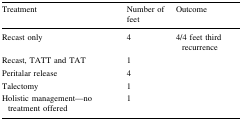
<table><thead><tr><td><b>Treatment</b></td><td><b>Number of feet</b></td><td><b>Outcome</b></td></tr></thead><tbody><tr><td>Recast only</td><td>4</td><td>4/4 feet third recurrence</td></tr><tr><td>Recast, TATT and TAT</td><td>1</td><td></td></tr><tr><td>Peritalar release</td><td>4</td><td></td></tr><tr><td>Talectomy</td><td>1</td><td></td></tr><tr><td>Holistic management—no treatment offered</td><td>1</td><td></td></tr></tbody></table>